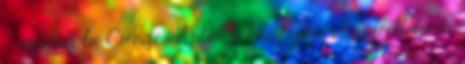
– számolt be Csendes Antal, a keszthelyi Városi, Helikon,